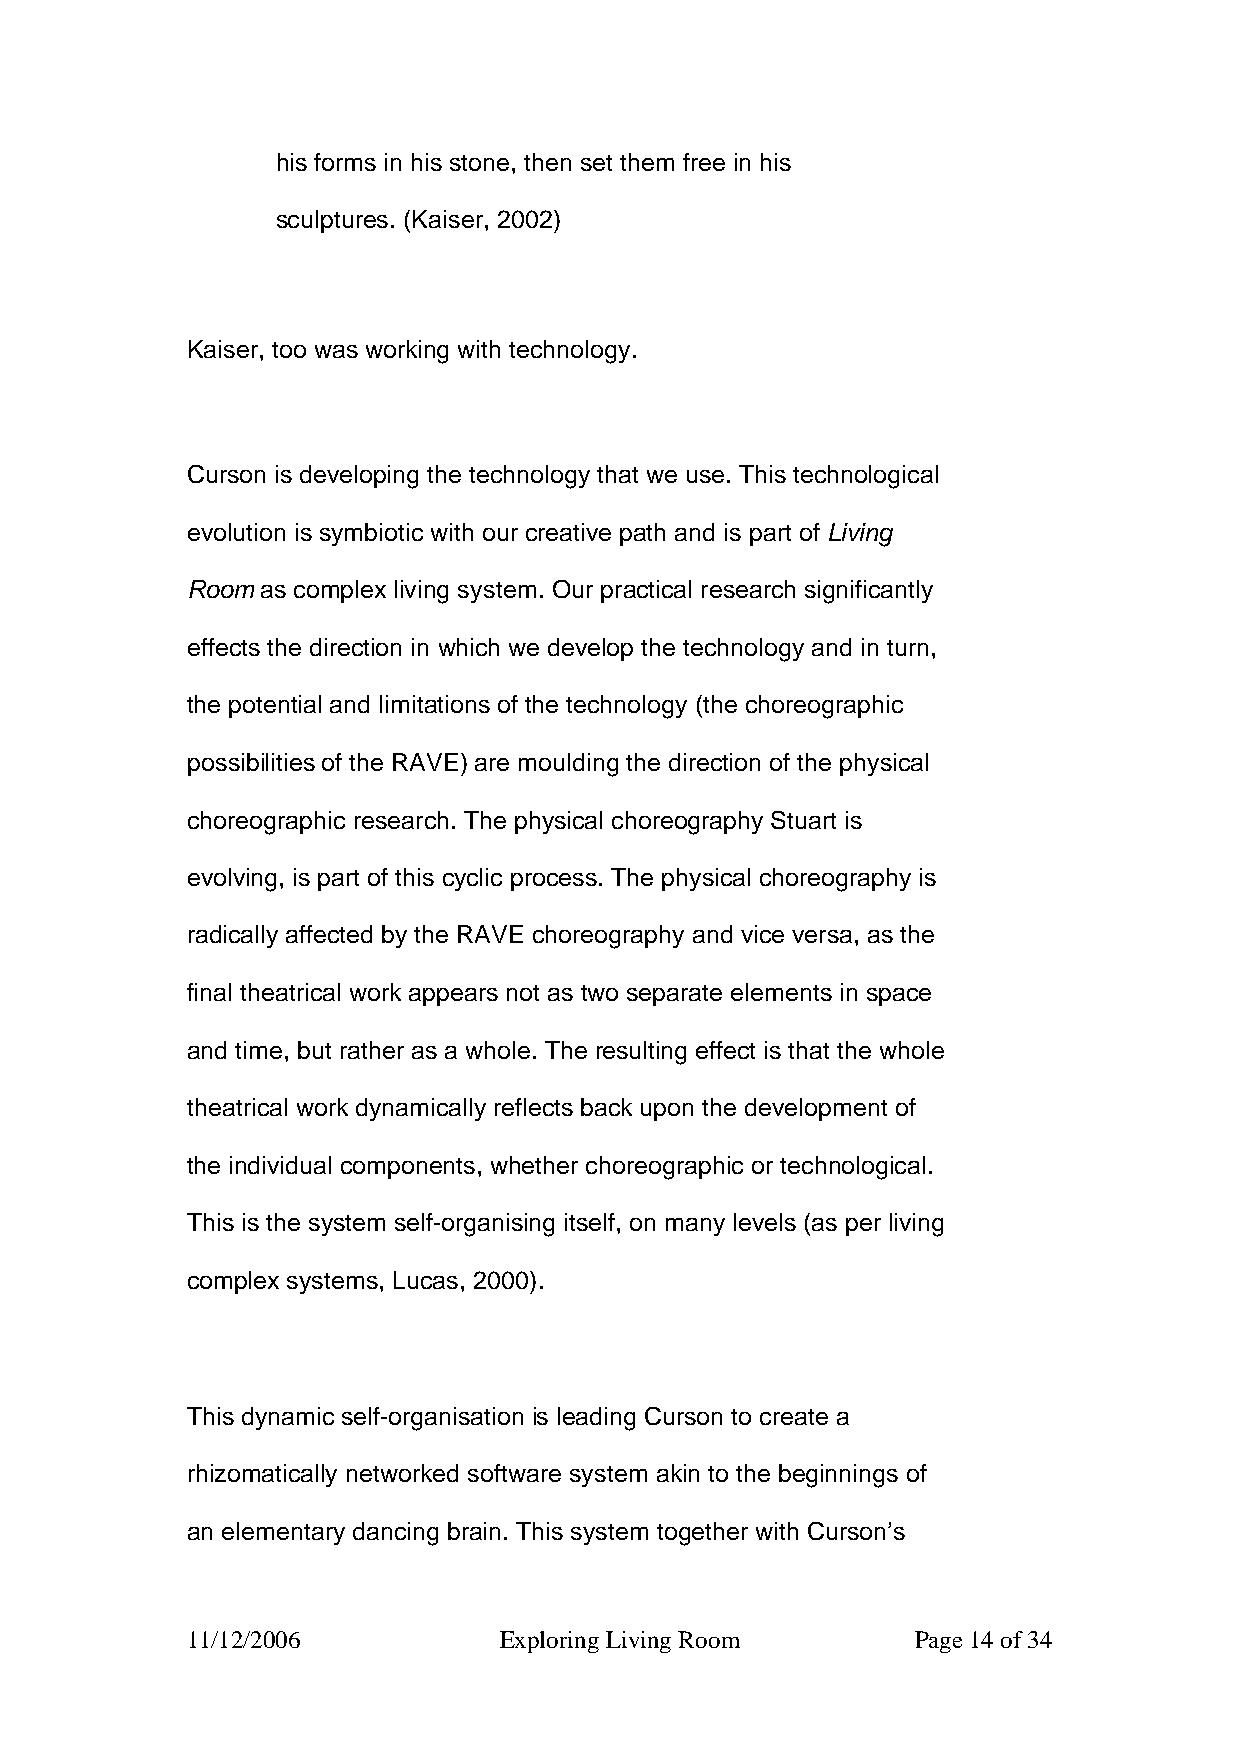
his forms in his stone, then set them free in his
 sculptures. (Kaiser, 2002)
 Kaiser, too was working with technology.
 Curson is developing the technology that we use. This technological
 evolution is symbiotic with our creative path and is part of Living
 Room as complex living system. Our practical research significantly
 effects the direction in which we develop the technology and in turn,
 the potential and limitations of the technology (the choreographic
 possibilities of the RAVE) are moulding the direction of the physical
 choreographic research. The physical choreography Stuart is
 evolving, is part of this cyclic process. The physical choreography is
 radically affected by the RAVE choreography and vice versa, as the
 final theatrical work appears not as two separate elements in space
 and time, but rather as a whole. The resulting effect is that the whole
 theatrical work dynamically reflects back upon the development of
 the individual components, whether choreographic or technological.
 This is the system self-organising itself, on many levels (as per living
 complex systems, Lucas, 2000).
 This dynamic self-organisation is leading Curson to create a
 rhizomatically networked software system akin to the beginnings of
 an elementary dancing brain. This system together with Curson’s
 11/12/2006           Exploring Living Room       Page 14 of 34